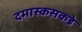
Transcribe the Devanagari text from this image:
दमास्कसकडे